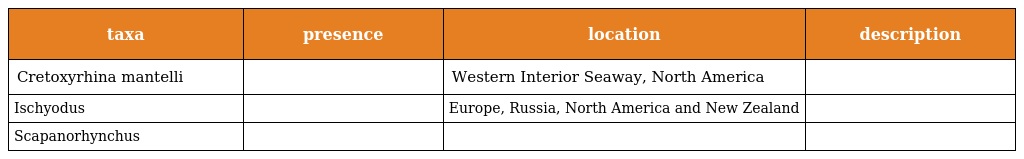
| taxa | presence | location | description |
 | --- | --- | --- | --- |
 | Cretoxyrhina mantelli |  | Western Interior Seaway, North America |  |
 | Ischyodus |  | Europe, Russia, North America and New Zealand |  |
 | Scapanorhynchus |  |  |  |